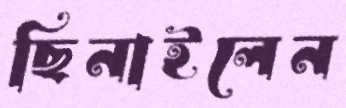
ছিনাইলেন